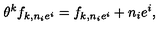
\theta ^ { k } f _ { k , n _ { i } e ^ { i } } = f _ { k , n _ { i } e ^ { i } } + n _ { i } e ^ { i } ,